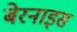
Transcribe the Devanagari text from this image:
बेरनाइस